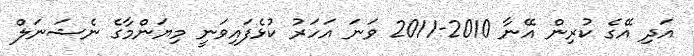
އަދި އޭގެ ކުރިން އޭނާ 2010-2011 ވަނަ އަހަރު ކުޅެފައިވަނީ މިޔަންމާގެ ނެޝަނަލް